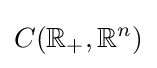
C(\mathbb {R} _{+},\mathbb {R} ^{n})